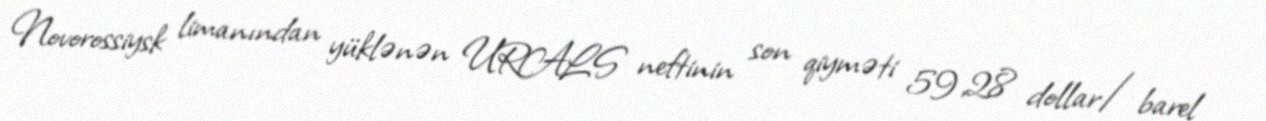
Novorossiysk limanından yüklənən URALS neftinin son qiyməti 59,28 dollar/barel